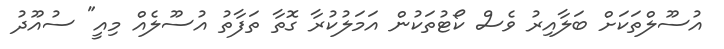
އުސޫލްތަކަށް ބަލާއިރު ވެސް ކޯޓުތަކުން އަމަލުކުރާ ގޮތާ ތަފާތު އުސޫލެއް މިއީ" ސުއޫދު